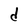
Character: d